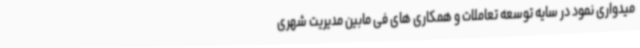
میدواری نمود در سایه توسعه تعاملات و همکاری های فی مابین مدیریت شهری